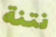
نتنة